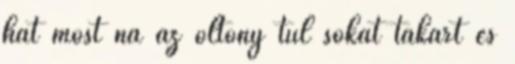
hát most na az öltöny túl sokat takart és